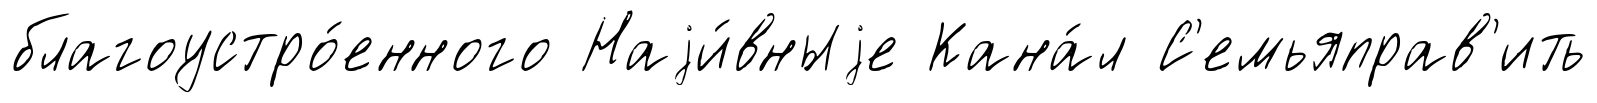
благоустро́енного Наjи́вныjе Кана́л С'емьяправ'ить